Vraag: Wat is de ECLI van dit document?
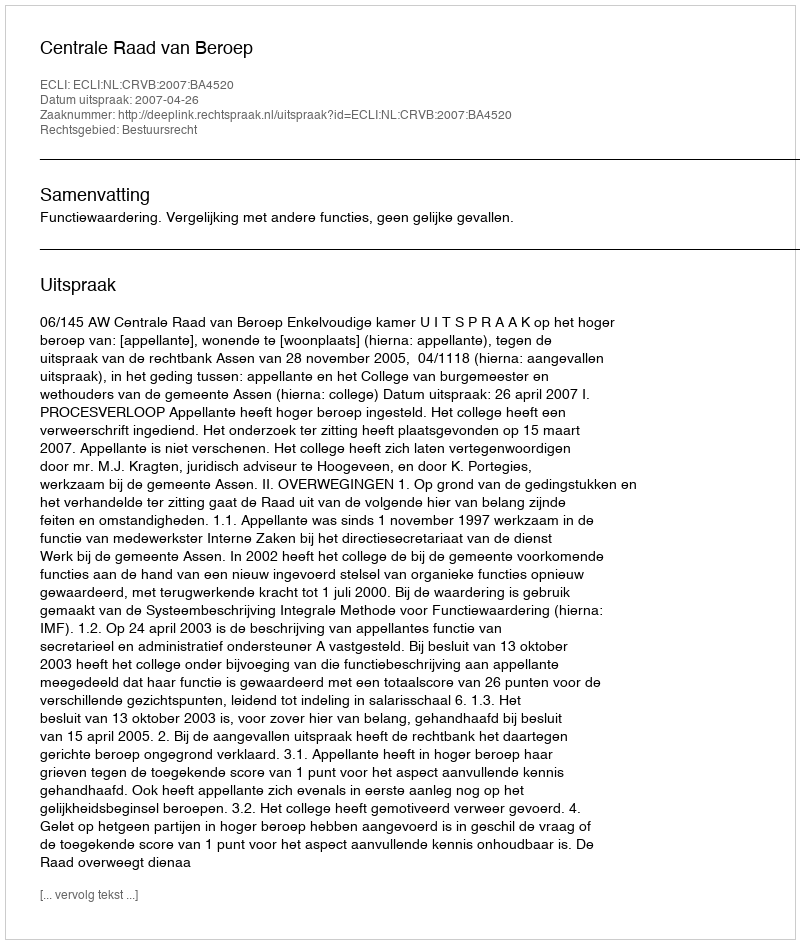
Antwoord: ECLI:NL:CRVB:2007:BA4520